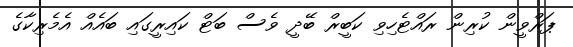
ޕަރްވީން ކުރިން ރައްޓެހިވި ކަބީރް ބޭދީ ވެސް ބަޓް ކައިރީގައި ބައެއް އެމެރިކާގެ